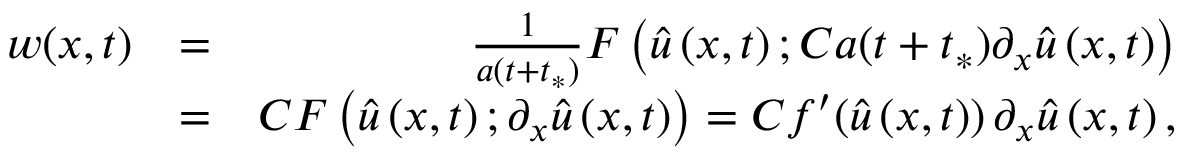
\begin{array} { r l r } { w ( x , t ) } & { = } & { \frac { 1 } { a ( t + t _ { * } ) } F \left( \widehat { u } \left( x , t \right) ; C a ( t + t _ { * } ) \partial _ { x } \widehat { u } \left( x , t \right) \right) } \\ & { = } & { C F \left( \widehat { u } \left( x , t \right) ; \partial _ { x } \widehat { u } \left( x , t \right) \right) = C f ^ { \prime } ( \widehat { u } \left( x , t \right) ) \, \partial _ { x } \widehat { u } \left( x , t \right) , } \end{array}